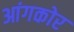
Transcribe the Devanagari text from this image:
आंगकोर